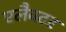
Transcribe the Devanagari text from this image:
एलैक्टर